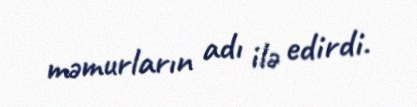
məmurların adı ilə edirdi.